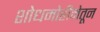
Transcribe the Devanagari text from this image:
शोधमोहीमेतून